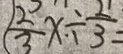
\frac { 2 } { 3 } x \div \frac { 2 } { 3 } =